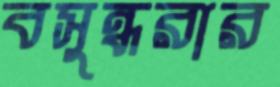
বসুন্ধরার